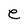
Character: e